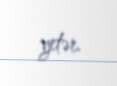
yetər.